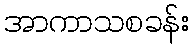
အာကာသစခန်း